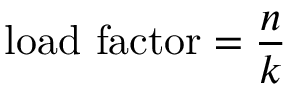
{ \mathrm { l o a d ~ f a c t o r } } = { \frac { n } { k } }